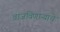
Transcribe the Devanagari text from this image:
वाजविणाऱ्याचे